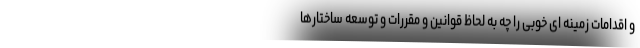
و اقدامات زمینه ای خوبی را چه به لحاظ قوانین و مقررات و توسعه ساختارها